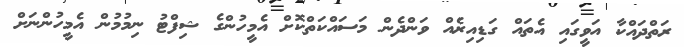
ރަތްދައްކާ އަވީގައި އެތައް ގަޑިއިރެއް ވަންދެން މަސައްކަތްކޮށް އެމީހުންގެ ޝިފްޓު ނިމުމުން އެމީހުންނަށް